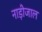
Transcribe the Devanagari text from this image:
नाड़ीजाल